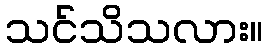
သင်သိသလား။